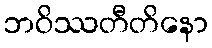
ဘဝိဿတီတိနော